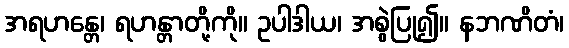
အရဟန္တေ၊ ရဟန္တာတို့ကို။ ဥပါဒါယ၊ အစွဲပြု၍။ နဘဏိတံ၊